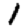
Digit: 1